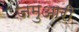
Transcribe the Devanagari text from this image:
जमुआरी